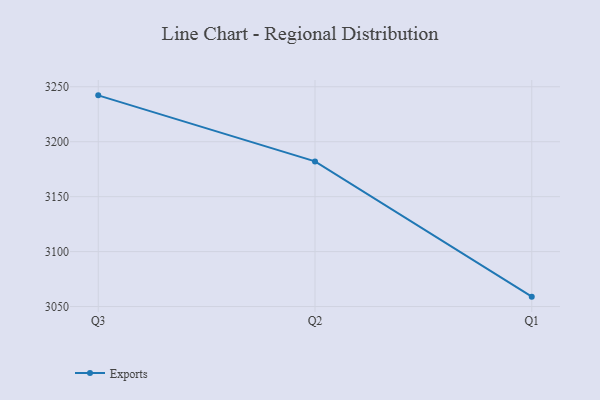
{"axis": {"x": "Quarter", "y": "LTV (USD)"}, "legend": ["Exports"], "data": [{"x": "Q3", "y": 3242.2, "type": "Exports"}, {"x": "Q2", "y": 3182.1, "type": "Exports"}, {"x": "Q1", "y": 3059.0, "type": "Exports"}]}